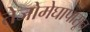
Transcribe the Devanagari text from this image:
तेजोमेघापासून